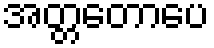
အတ္တတောပေ